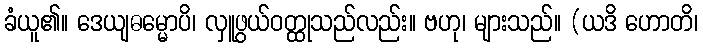
ခံယူ၏။ ဒေယျဓမ္မောပိ၊ လှူဖွယ်ဝတ္ထုသည်လည်း။ ဗဟု၊ များသည်။ (ယဒိ ဟောတိ၊